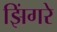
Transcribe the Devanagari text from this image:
झिंगरे